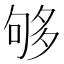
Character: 够